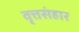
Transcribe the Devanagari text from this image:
वृत्तसंहार